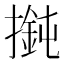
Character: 𢵶